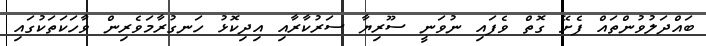
ބައްދަލުވުންތައް ފެށޭ ގޮތް ވެފައި ނުވަނީ ސޫރިޔާ ސަރުކާރާއި އިދިކޮޅު ހަނގުރާމަވެރިން ވާހަކަތަކުގައި